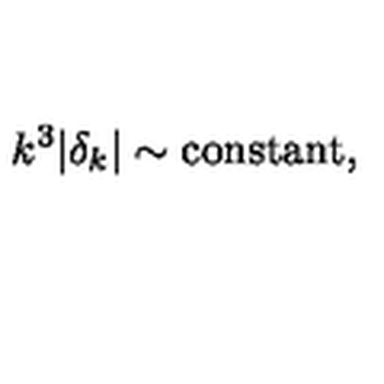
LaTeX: k ^ { 3 } \vert \delta _ { k } \vert \sim \mathrm { c o n s t a n t } ,